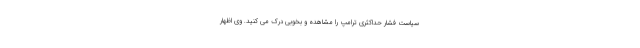
سیاست فشار حداکثری ترامپ را مشاهده و بخوبی درک می ­کنید. وی اظهار